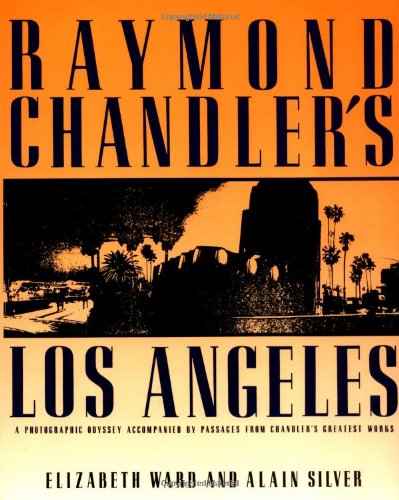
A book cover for Raymond Chandler's Los Angeles; Alain Silver; Mystery, Thriller & Suspense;